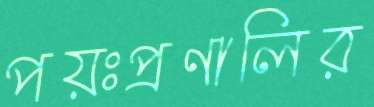
পয়ঃপ্রণালির